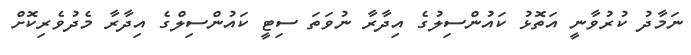
ނަމާދު ކުރުވާނީ އަތޮޅު ކައުންސިލުގެ އިދާރާ ނުވަތަ ސިޓީ ކައުންސިލްގެ އިދާރާ މެދުވެރިކޮށް